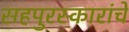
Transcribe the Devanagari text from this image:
सहपुरस्कारांचे